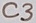
Text: C3